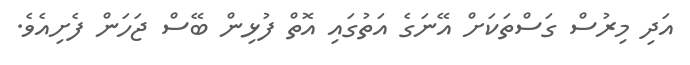
އަދި މިރުސް ގަސްތަކަށް އޭނަގެ އަތުގައި އޮތް ފުޅިން ބޭސް ޖަހަން ފެށިއެވެ.